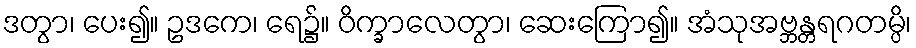
ဒတွာ၊ ပေး၍။ ဥဒကေ၊ ရေ၌။ ဝိက္ခာလေတွာ၊ ဆေးကြော၍။ အံသုအဗ္ဘန္တရဂတမ္ပိ၊